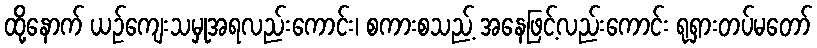
ထို့နောက် ယဉ်ကျေးသမှုအရလည်းကောင်း၊ စကားစသည့် အနေဖြင့်လည်းကောင်း ရုရှားတပ်မတော်